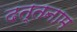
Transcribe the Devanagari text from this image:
दत्तनाम